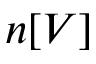
n [ V ]